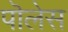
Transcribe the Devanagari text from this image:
पॊलेस